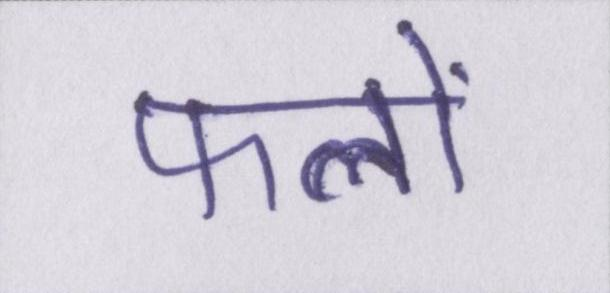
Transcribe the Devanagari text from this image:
फलों